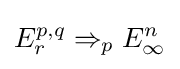
E_{r}^{p,q}\Rightarrow _{p}E_{\infty }^{n}